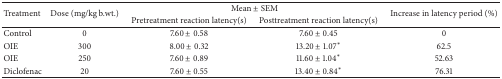
<table><thead><tr><td rowspan="2"><b>Treatment</b></td><td rowspan="2"><b>Dose (mg/kg b.wt.)</b></td><td colspan="2"><b>Mean ± SEM</b></td><td rowspan="2"><b>Increase in latency period (%)</b></td></tr><tr><td><b>Pretreatment reaction latency(s)</b></td><td><b>Posttreatment reaction latency(s)</b></td></tr></thead><tbody><tr><td>Control</td><td>0</td><td>7.60 ± 0.58</td><td>7.60 ± 0.45</td><td>0</td></tr><tr><td>OIE</td><td>300</td><td>8.00 ± 0.32</td><td>13.20 ± 1.07<sup><i>∗</i></sup></td><td>62.5</td></tr><tr><td>OIE</td><td>250</td><td>7.60 ± 0.89</td><td>11.60 ± 1.04<sup><i>∗</i></sup></td><td>52.63</td></tr><tr><td>Diclofenac</td><td>20</td><td>7.60 ± 0.55</td><td>13.40 ± 0.84<sup><i>∗</i></sup></td><td>76.31</td></tr></tbody></table>